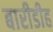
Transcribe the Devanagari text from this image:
बारीडीह